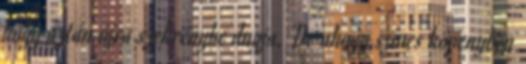
hogy aztán újra szekrénybe dugja. De ahogy színes köpenyben